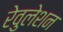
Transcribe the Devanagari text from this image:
रेवुलेशन